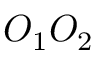
O _ { 1 } O _ { 2 }